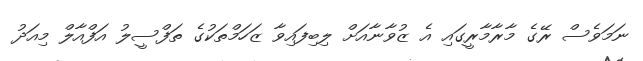
ނަމަވެސް ރޭގެ މާރާމާރީގައި އެ ޒުވާނާއަށް ލިބިފައިވާ ޒަހަމްތަކުގެ ތަފްސީލު އަފްއާލް މިއަދު